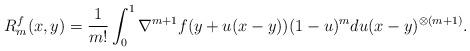
LaTeX: \begin{align*} R^f_m(x,y) = \frac{1}{m!} \int_0^1 \nabla^{m+1}f(y + u(x-y))(1-u)^m du (x-y)^{\otimes (m+1)}.\end{align*}